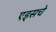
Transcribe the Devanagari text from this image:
एड्‌सचे